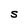
Character: S